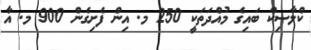
ކްލާސިކް ބައިގެ މުއްދަތަކީ 250 މ. އިން ފެށިގެން 900 މ. އާ